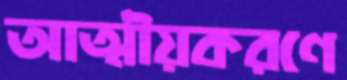
আত্মীয়করণে